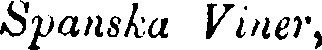
Spanska Viner,